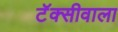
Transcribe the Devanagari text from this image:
टॅक्सीवाला